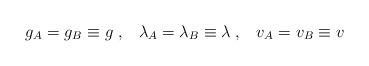
LaTeX: \begin{align*}g_A = g_B \equiv g \; , \;\;\; \lambda_A = \lambda_B \equiv \lambda \; , \;\;\; v_A = v_B \equiv v\end{align*}